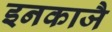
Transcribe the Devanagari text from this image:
इनकाजै